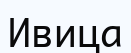
Ивица